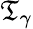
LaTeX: \mathfrak{T}_{\gamma}